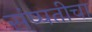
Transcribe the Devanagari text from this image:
संप्पतीचा